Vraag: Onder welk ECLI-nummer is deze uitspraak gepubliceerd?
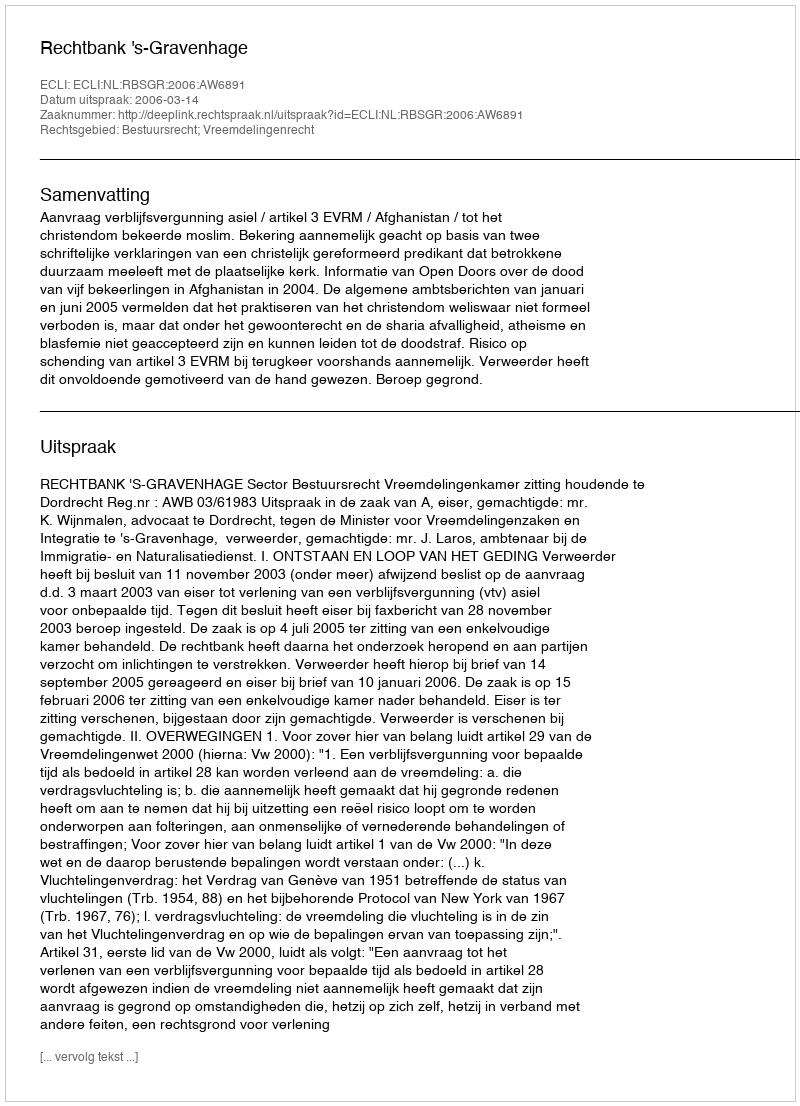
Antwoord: ECLI:NL:RBSGR:2006:AW6891